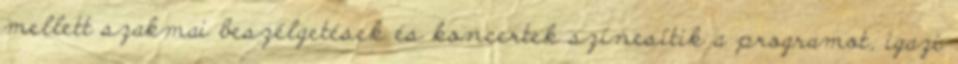
mellett szakmai beszélgetések és koncertek színesítik a programot, igazi